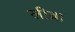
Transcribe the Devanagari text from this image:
लीब्रा